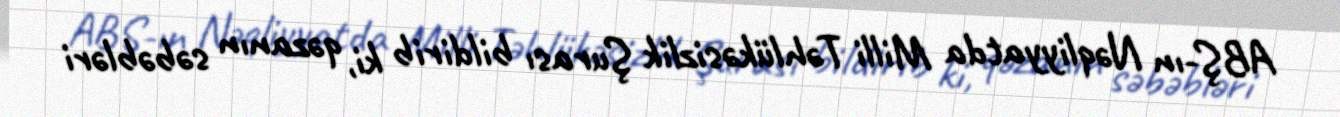
ABŞ-ın Nəqliyyatda Milli Təhlükəsizlik Şurası bildirib ki, qəzanın səbəbləri